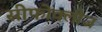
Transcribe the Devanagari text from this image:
सीफोक्लीज